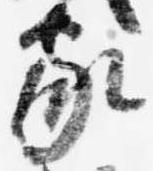
家